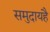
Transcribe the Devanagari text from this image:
समुदायहै